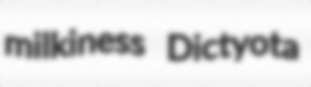
milkiness Dictyota